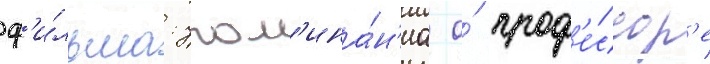
ф'и́льма: упом'ина́н'иа о́ проф'е́ссор'е